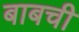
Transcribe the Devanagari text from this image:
बाबची